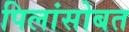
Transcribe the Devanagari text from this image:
पिलांसोबत